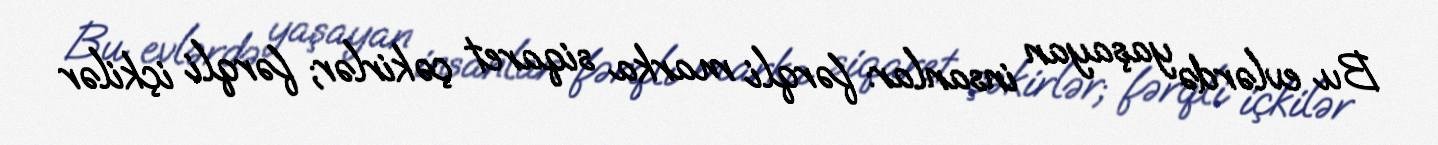
Bu evlərdə yaşayan insanlar: fərqli marka siqaret çəkirlər; fərqli içkilər